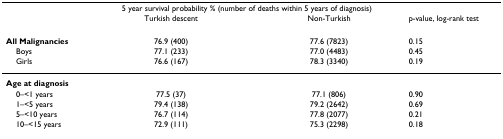
|  | <COLSPAN=2> 5 year survival probability % (number of deaths within 5 years of diagnosis) |  |
 |  | Turkish descent | Non-Turkish | p-value, log-rank test |
 | --- | --- | --- | --- |
 | All Malignancies | 76.9 (400) | 77.6 (7823) | 0.15 |
 | Boys | 77.1 (233) | 77.0 (4483) | 0.45 |
 | Girls | 76.6 (167) | 78.3 (3340) | 0.19 |
 | Age at diagnosis |  |  |  |
 | 0–<1 years | 77.5 (37) | 77.1 (806) | 0.90 |
 | 1–<5 years | 79.4 (138) | 79.2 (2642) | 0.69 |
 | 5–<10 years | 76.7 (114) | 77.8 (2077) | 0.21 |
 | 10–<15 years | 72.9 (111) | 75.3 (2298) | 0.18 |